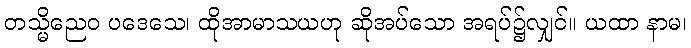
တသ္မိညေဝ ပဒေသေ၊ ထိုအာမာသယဟု ဆိုအပ်သော အရပ်၌လျှင်။ ယထာ နာမ၊